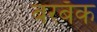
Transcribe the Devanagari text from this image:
बरबँक